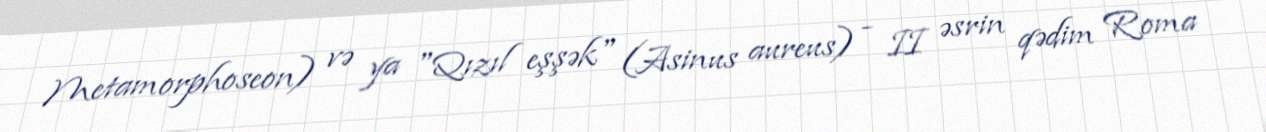
Metamorphoseon) və ya "Qızıl eşşək" (Asinus aureus) - II əsrin qədim Roma